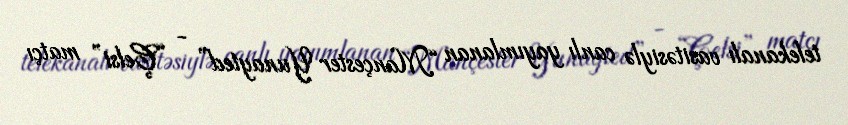
telekanalı vasitəsiylə canlı yayımlanan “Mançester Yunayted” - “Çelsi” matçı